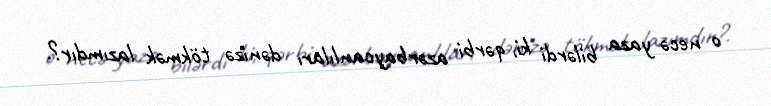
o necə yaza bilərdi ki, qərbi azərbaycanlıları dənizə tökmək lazımdır?.